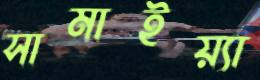
সামাইয়্যা